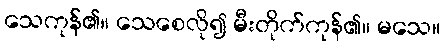
သေကုန်၏။ သေစေလို၍ မီးတိုက်ကုန်၏။ မသေ။